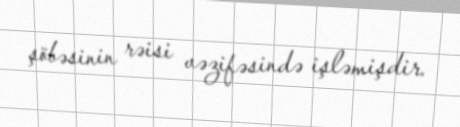
şöbəsinin rəisi vəzifəsində işləmişdir.